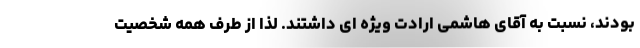
بودند، نسبت به آقای هاشمی ارادت ویژه ای داشتند. لذا از طرف همه شخصیت